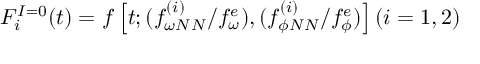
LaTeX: F _ { i } ^ { I = 0 } ( t ) = f \left[ t ; ( { f _ { \omega N N } ^ { ( i ) } } / { f _ { \omega } ^ { e } } ) , ( { f _ { \phi N N } ^ { ( i ) } } / { f _ { \phi } ^ { e } } ) \right] ( i = 1 , 2 )